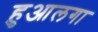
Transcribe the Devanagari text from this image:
हुआलगा